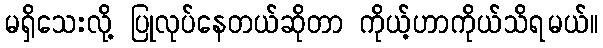
မရှိသေးလို့ ပြုလုပ်နေတယ်ဆိုတာ ကိုယ့်ဟာကိုယ်သိရမယ်။